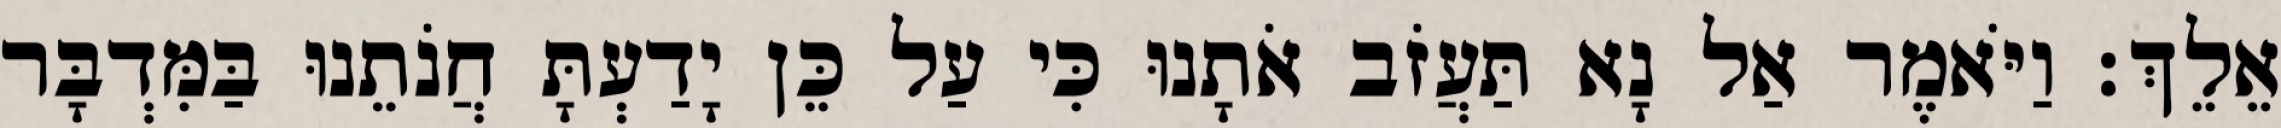
אֵלֵךְ׃ וַיֹּאמֶר אַל נָא תַּעֲזֹב אֹתָנוּ כִּי עַל כֵּן יָדַעְתָּ חֲנֹתֵנוּ בַּמִּדְבָּר